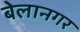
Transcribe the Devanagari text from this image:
बेलानगर